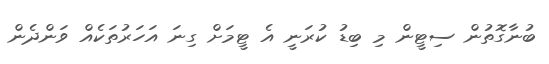
ބުނާގޮތުން ސިޓީން މި ބިޑު ކުރަނީ އެ ޓީމަށް ގިނަ އަހަރުތަކެއްް ވަންދެން